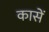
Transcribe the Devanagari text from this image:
कासें